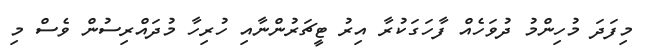
މިފަދަ މުހިންމު ދުވަހެއް ފާހަގަކުރާ އިރު ޓީޗަރުންނާއި ހުރިހާ މުދައްރިސުން ވެސް މި